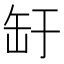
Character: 䍂